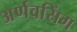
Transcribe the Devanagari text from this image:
अर्णवसिंग